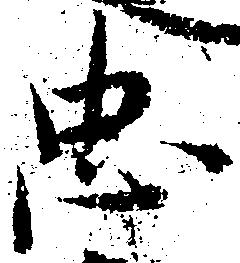
忠